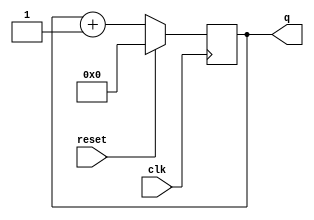
module top_module (
    input clk,
    input reset,      // Synchronous active-high reset
    output [3:0] q);
    
    always@(posedge clk) begin
        if(reset)
            q<=4'd0;
        else
            q<=q+4'd1;
    end
endmodule